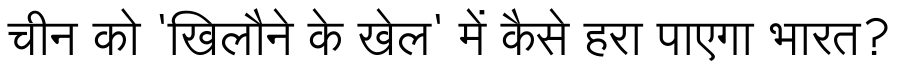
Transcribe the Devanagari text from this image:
चीन को 'खिलौने के खेल' में कैसे हरा पाएगा भारत?